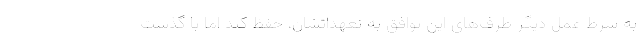
به شرط عمل دیگر طرف‌های این توافق به تعهداتشان، حفظ کند اما با گذشت